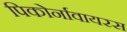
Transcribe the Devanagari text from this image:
पिकोर्नावायरस